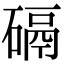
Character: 䃒